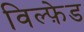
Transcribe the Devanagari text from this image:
विल्फ़ेड